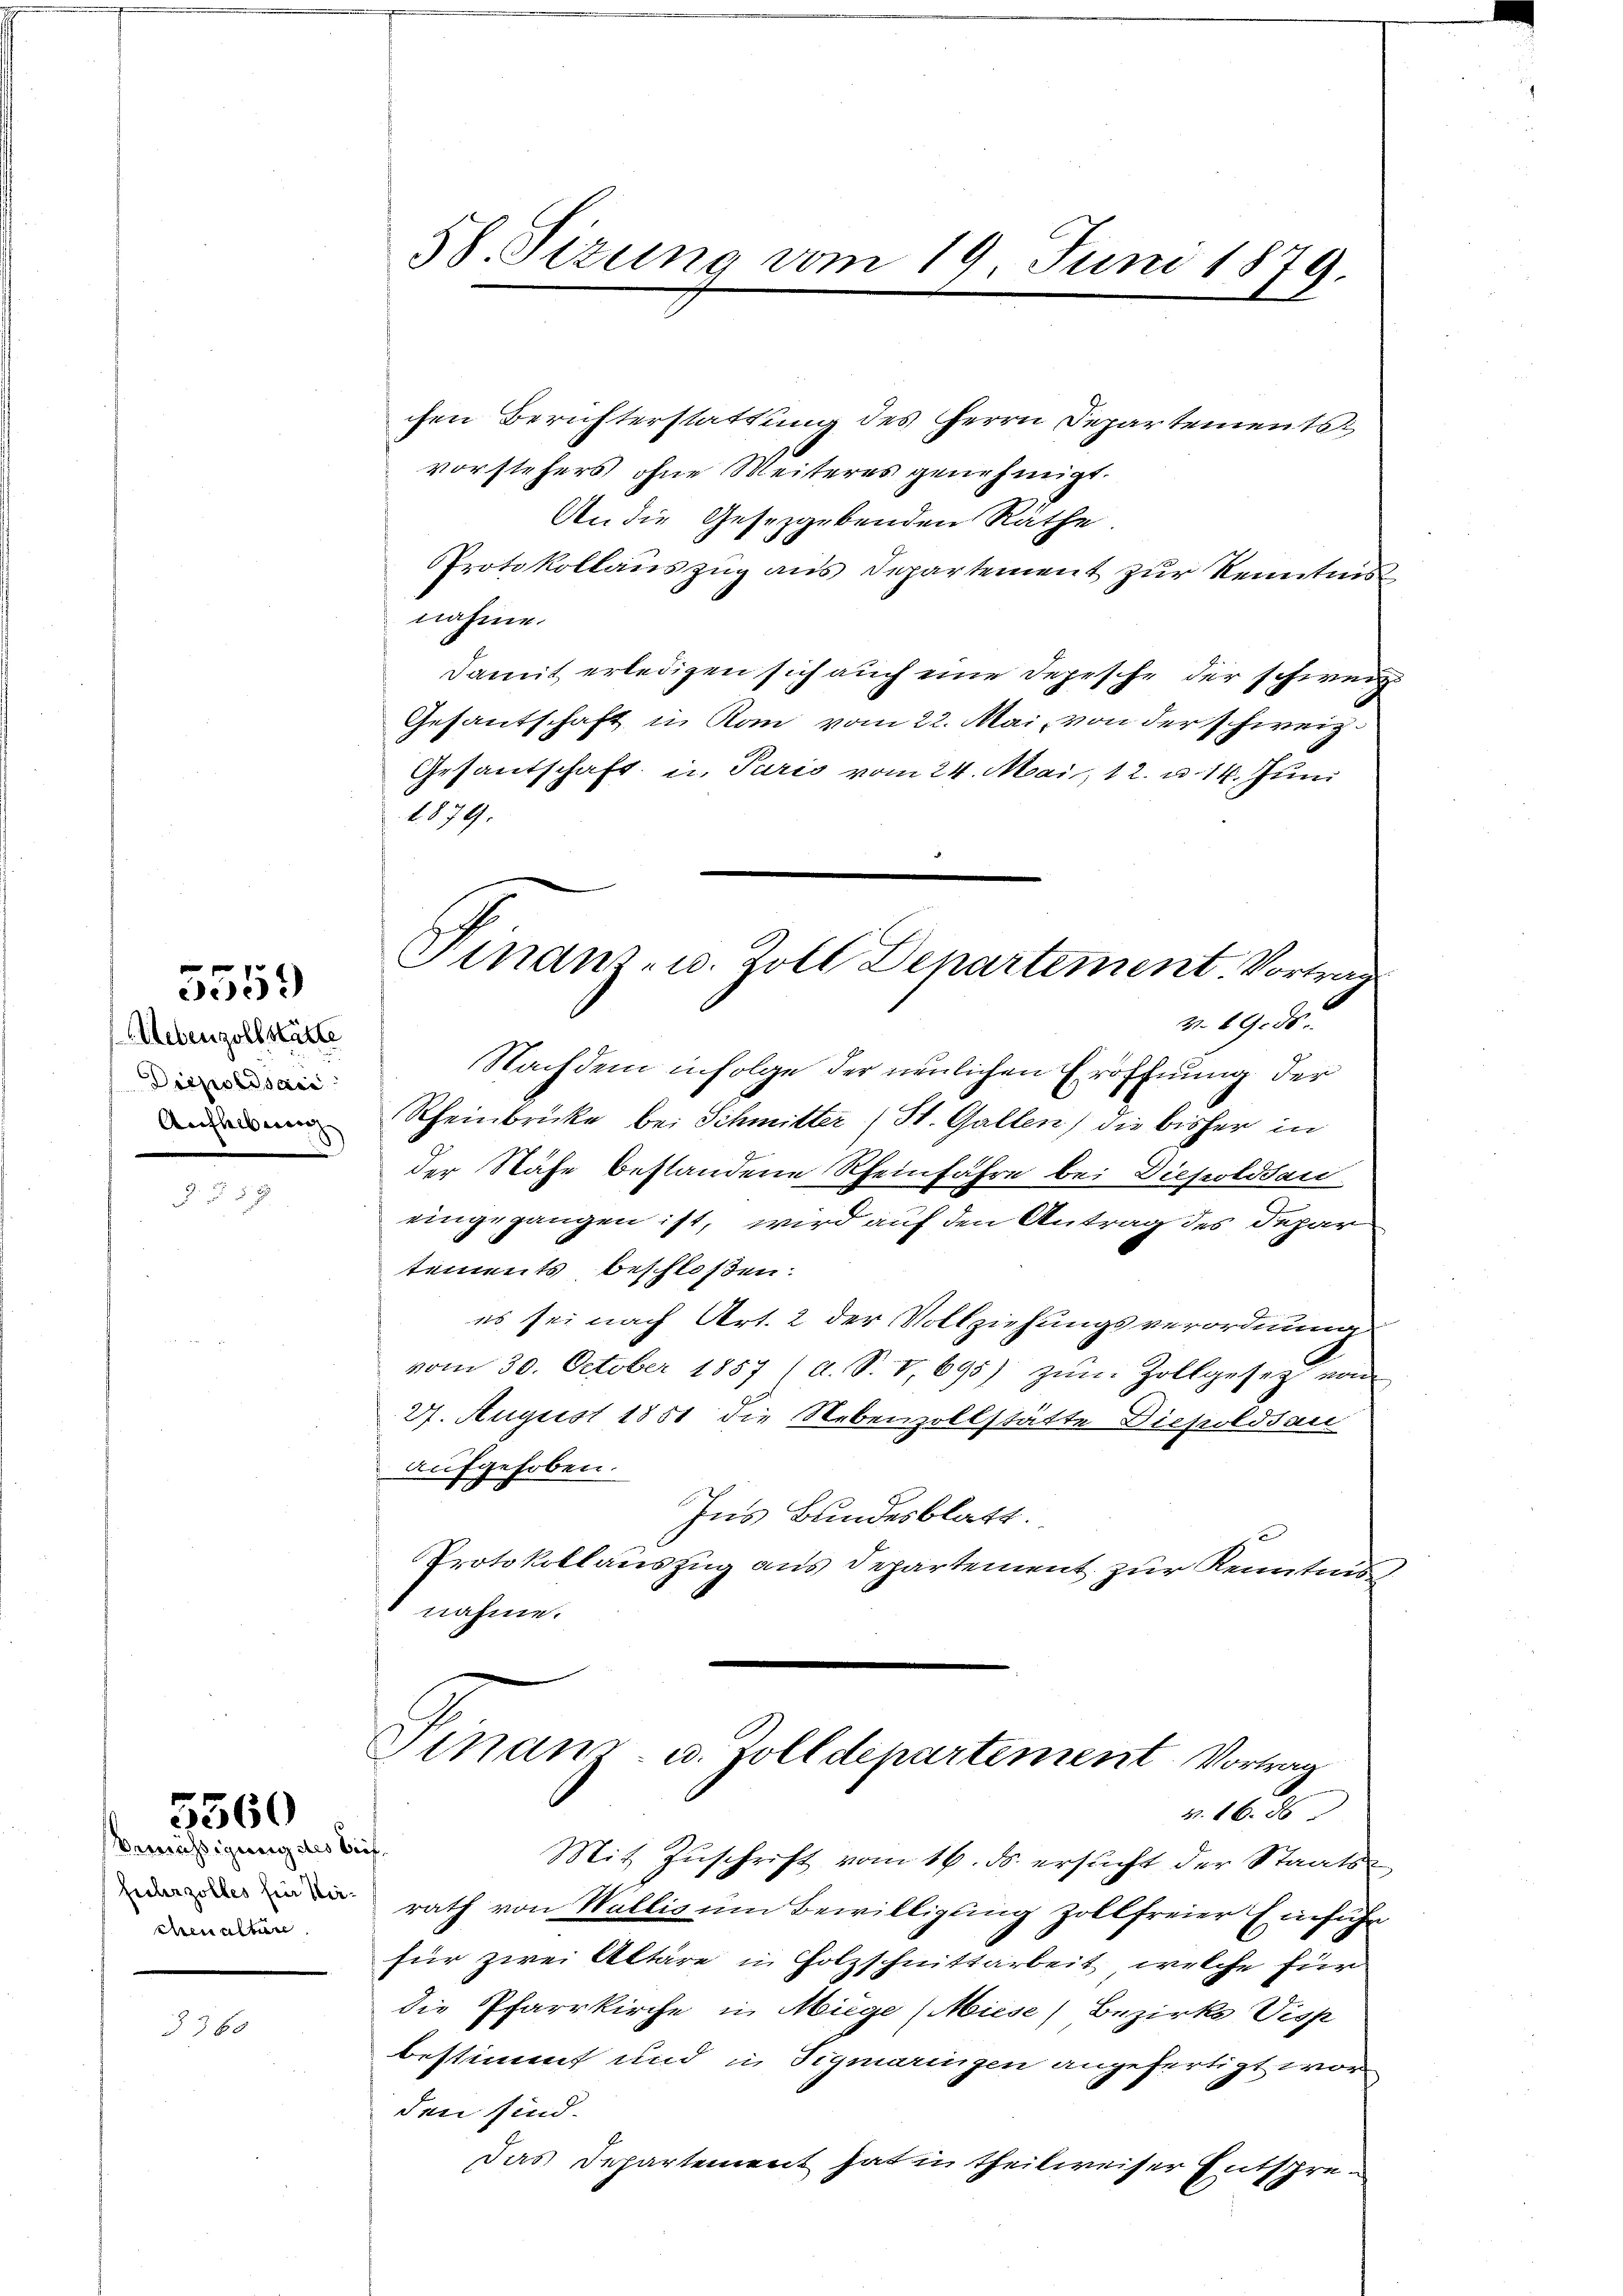
Nebenzollstätte
Diepoldsac
Anflelben

5559

emässigung des Brief.
fuhrzolles fie Kirchenaltar

5560

3360

chen Berichterstattung des Herrn Separtements
vorstehers ohne Weiteres genehmigt.
An die Gesetzgebenden Räthe
Protokollauszug aus Departement zur Kenntnis
nahme.
damit erledigen sich auch eine Depesche der schweiz
Gesantschaft in Rom vom 22. Mai, von der schweiz.
Gesantschaft in Paris vom 24. Mai 12. u. 14. Juni
1879.
v. 89. ds.
Nachdem infolge der neulichen Eröffnung der
Rheinbrücke bei Schmitter (St. Gallen) die bisher in
der Nähe bestandene Rheinfahre bei Diepoldsau
eingegangen ist, wird auf den Antrag des Depar
tements beschloßen:
es sei nach Art. 2 der Vollziehungsverordnung
vom 30. October 1857 (d. S. V, 695) zŭm Zollgesetz von
27. August 1851 die Nebenzollstätte Diepoldsau
aufgehoben.
Ins Bundesblatt.
Protokollauszug aus Departement zur Kenntnis
nahme.

58. Sizung vom 19. Juni 1879.

Mit Zŭschrift vom 16. ds. ersŭcht der Staats-
rath von Wallis um Bewilligung zollfreier Einführ
für zwei Altäre in Holzschnittarbeit, welche für
die Pfarrkirche in Miege (Miese Bezirks Visp
bestimmt und in Sigmaringen angefertigt worden sind.
Das Departement hat in theilweiser Entspre¬

Finanz- u. Zoll Departement Vortrag

Finanz- u. Zolldepartement. Vortrag
v. 16. 56